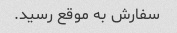
سفارش به موقع رسید.